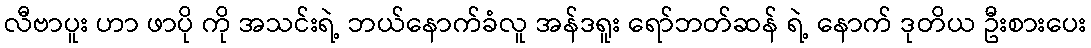
လီဗာပူး ဟာ ဖာပို ကို အသင်းရဲ့ ဘယ်နောက်ခံလူ အန်ဒရူး ရော်ဘတ်ဆန် ရဲ့ နောက် ဒုတိယ ဦးစားပေး